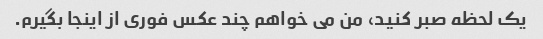
یک لحظه صبر کنید، من می خواهم چند عکس فوری از اینجا بگیرم.